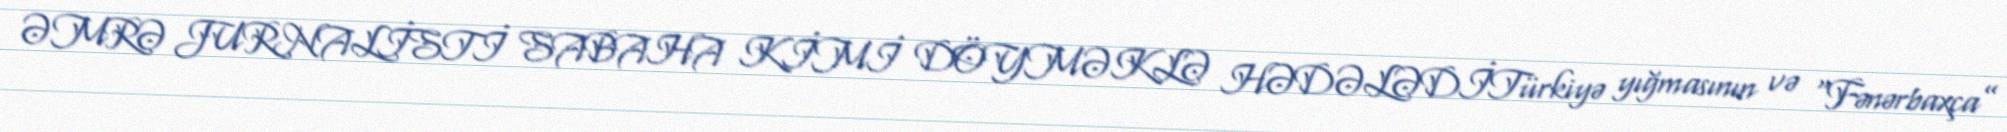
ƏMRƏ JURNALİSTİ SABAHA KİMİ DÖYMƏKLƏ HƏDƏLƏDİTürkiyə yığmasının və “Fənərbaxça”